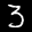
Label: 3